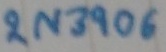
Text: 2N3906